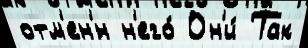
отм'ен'́н н'его́ Он'и́ Так